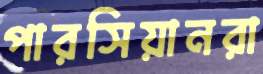
পারসিয়ানরা